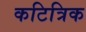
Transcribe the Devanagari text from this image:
कटित्रिक